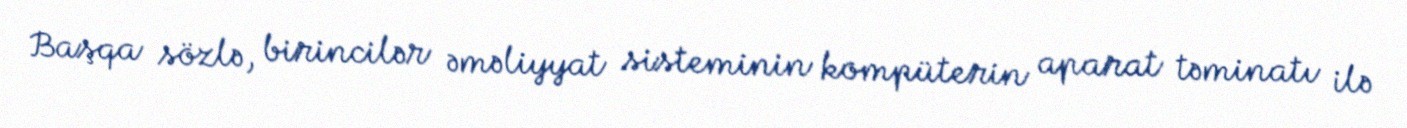
Başqa sözlə, birincilər əməliyyat sisteminin kompüterin aparat təminatı ilə